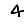
Digit: 4